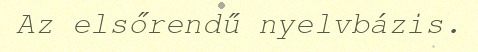
Az elsőrendű nyelvbázis.